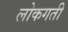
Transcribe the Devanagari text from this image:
लोकगती